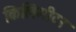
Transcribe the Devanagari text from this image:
किलिमीटर